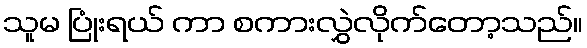
သူမ ပြုံးရယ် ကာ စကားလွှဲလိုက်တော့သည်။